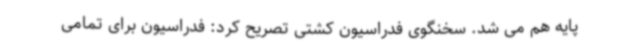
پایه هم می شد. سخنگوی فدراسیون کشتی تصریح کرد: فدراسیون برای تمامی